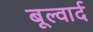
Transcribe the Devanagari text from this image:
बूल्वार्द